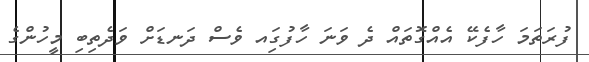
ފުރަތަމަ ހާފެކޭ އެއްގޮތައް ދެ ވަނަ ހާފުގަިއ ވެސް ދަނޑަށް ވަދެތިބި މީހުންގެ